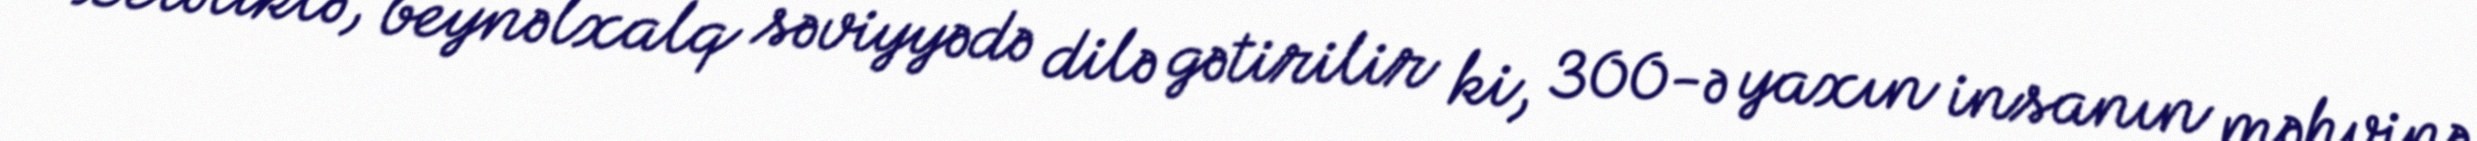
Beləliklə, beynəlxalq səviyyədə dilə gətirilir ki, 300-ə yaxın insanın məhvinə